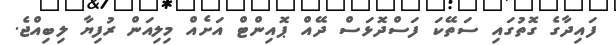
ފައިދާގެ ގޮތުގައި ސަތޭކަ ފަސްދޮޅަސް ދޭއް ޕޮއިންޓް އަށެއް މިލިއަން ރުފިޔާ ލިބިއްޖެ.